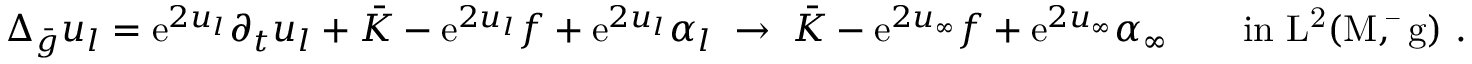
\Delta _ { \bar { g } } u _ { l } = \mathrm { e } ^ { 2 u _ { l } } \partial _ { t } u _ { l } + \bar { K } - \mathrm { e } ^ { 2 u _ { l } } f + \mathrm { e } ^ { 2 u _ { l } } \alpha _ { l } \; \to \; \bar { K } - \mathrm { e } ^ { 2 u _ { \infty } } f + \mathrm { e } ^ { 2 u _ { \infty } } \alpha _ { \infty } \qquad \mathrm { i n ~ L ^ 2 ( M , \bar { ~ } g ) ~ . }